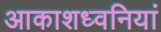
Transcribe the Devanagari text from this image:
आकाशध्वनियां